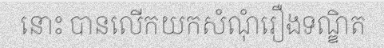
នោះ បានលើកយកសំណុំរឿងទណ្ឌិត